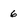
Character: 6